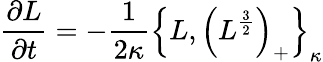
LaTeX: {\frac{\partial L}{\partial t}}=-{\frac{1}{2\kappa}}\left\{ L,\left(L^{\frac{3}{2}}\right)_{+}\right\} _{\kappa}